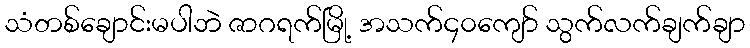
သံတစ်ချောင်းမပါဘဲ ဇာဂရက်မြို့ အသက်၄၀ကျော် သွက်လက်ချက်ချာ